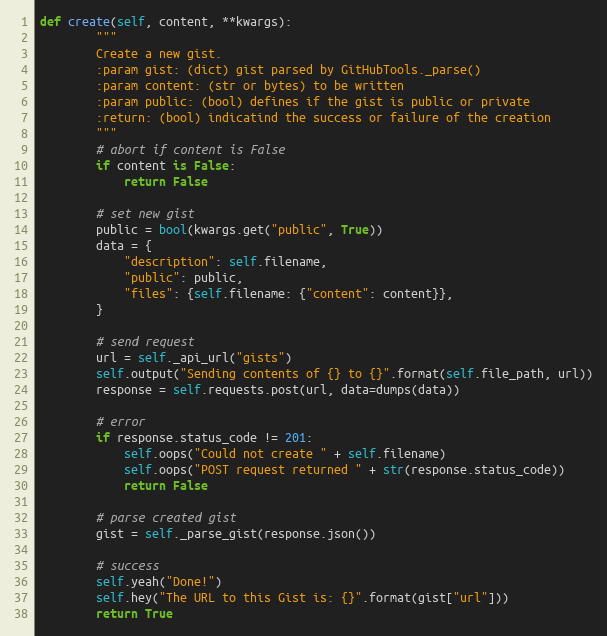
Language: Python
def create(self, content, **kwargs):
        """
        Create a new gist.
        :param gist: (dict) gist parsed by GitHubTools._parse()
        :param content: (str or bytes) to be written
        :param public: (bool) defines if the gist is public or private
        :return: (bool) indicatind the success or failure of the creation
        """
        # abort if content is False
        if content is False:
            return False

        # set new gist
        public = bool(kwargs.get("public", True))
        data = {
            "description": self.filename,
            "public": public,
            "files": {self.filename: {"content": content}},
        }

        # send request
        url = self._api_url("gists")
        self.output("Sending contents of {} to {}".format(self.file_path, url))
        response = self.requests.post(url, data=dumps(data))

        # error
        if response.status_code != 201:
            self.oops("Could not create " + self.filename)
            self.oops("POST request returned " + str(response.status_code))
            return False

        # parse created gist
        gist = self._parse_gist(response.json())

        # success
        self.yeah("Done!")
        self.hey("The URL to this Gist is: {}".format(gist["url"]))
        return True